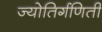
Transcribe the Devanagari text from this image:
ज्योतिर्गणिती